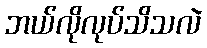
ဘယ်လိုလုပ်သိသလဲ